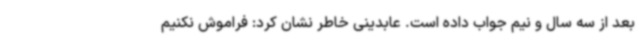
بعد از سه سال و نیم جواب داده است. عابدینی خاطر نشان کرد: فراموش نکنیم